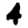
Digit: 4